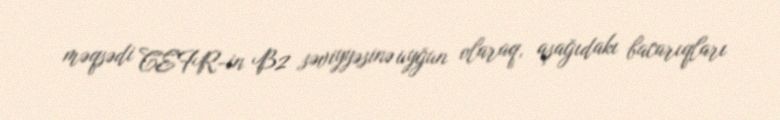
məqsədi CEFR-in B2 səviyyəsinə uyğun olaraq, aşağıdakı bacarıqları